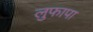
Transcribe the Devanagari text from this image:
लुफापा